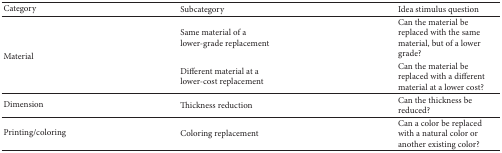
<table><thead><tr><td><b>Category</b></td><td><b>Subcategory</b></td><td><b>Idea stimulus question</b></td></tr></thead><tbody><tr><td rowspan="2">Material</td><td>Same material of a lower-grade replacement</td><td>Can the material be replaced with the same material, but of a lower grade?</td></tr><tr><td>Different material at a lower-cost replacement</td><td>Can the material be replaced with a different material at a lower cost?</td></tr><tr><td>Dimension</td><td>Thickness reduction</td><td>Can the thickness be reduced?</td></tr><tr><td>Printing/coloring</td><td>Coloring replacement</td><td>Can a color be replaced with a natural color or another existing color?</td></tr></tbody></table>